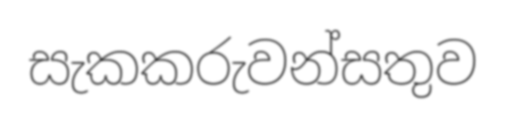
සැකකරුවන්සතුව